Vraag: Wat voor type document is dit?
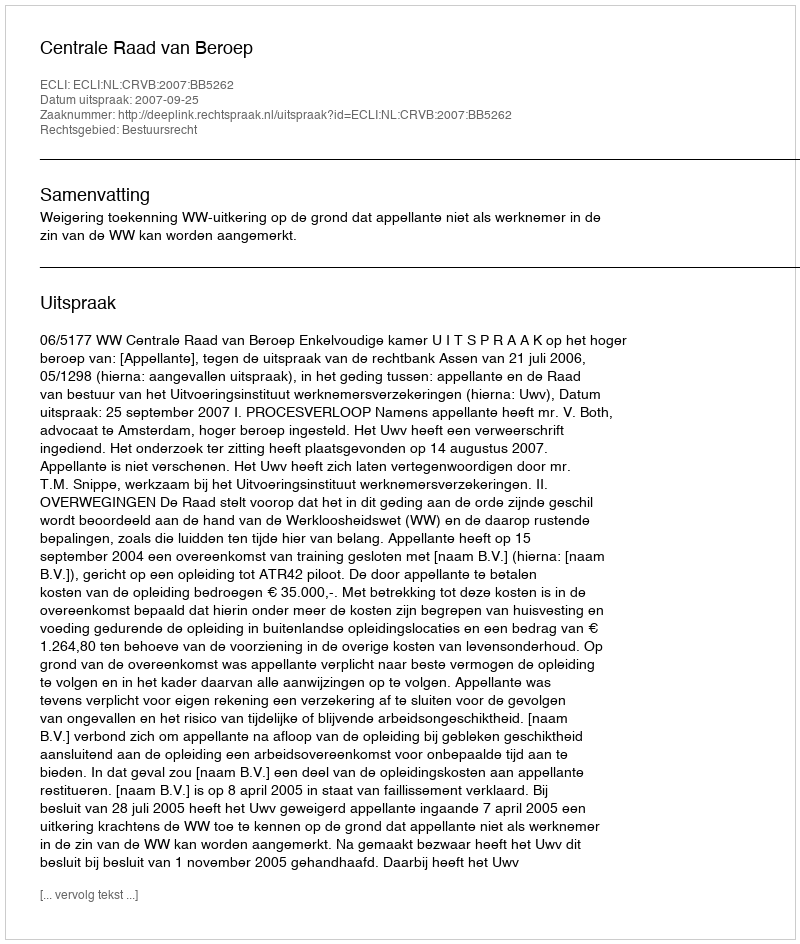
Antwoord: Uitspraak